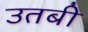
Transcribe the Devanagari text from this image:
उतबी